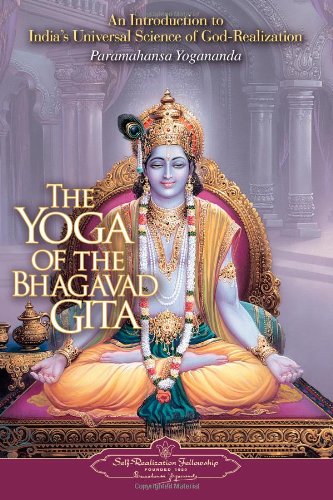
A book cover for The Yoga of the Bhagavad Gita (Self-Realization Fellowship); Paramahansa Yogananda; Religion & Spirituality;